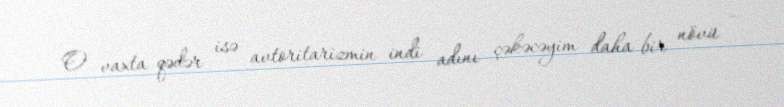
O vaxta qədər isə avtoritarizmin indi adını çəkəcəyim daha bir növü –